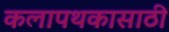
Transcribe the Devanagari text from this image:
कलापथकासाठी